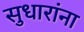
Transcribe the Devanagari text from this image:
सुधारांना